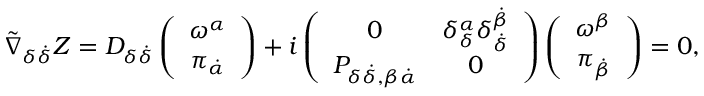
\tilde { \nabla } _ { \delta \dot { \delta } } Z = { \cal D } _ { \delta \dot { \delta } } \left( \begin{array} { c } { { \omega ^ { \alpha } } } \\ { { \pi _ { \dot { \alpha } } } } \end{array} \right) + i \left( \begin{array} { c c } { { 0 } } & { { \delta _ { \delta } ^ { \alpha } \delta _ { \dot { \delta } } ^ { \dot { \beta } } } } \\ { { { \cal P } _ { \delta \dot { \delta } , \beta \dot { \alpha } } } } & { { 0 } } \end{array} \right) \left( \begin{array} { c } { { \omega ^ { \beta } } } \\ { { \pi _ { \dot { \beta } } } } \end{array} \right) = 0 ,